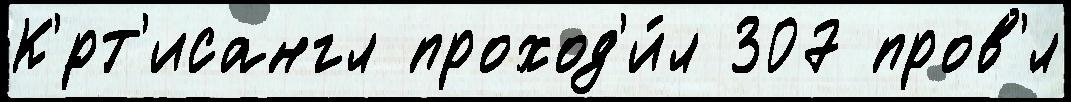
К'́рт'исангл проход'и́л 307 пров'́л